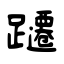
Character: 躚